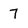
Character: 7